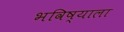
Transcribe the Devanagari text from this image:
भविष्याला